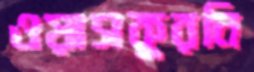
ওয়াসকুরনি